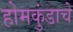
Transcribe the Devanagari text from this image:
होमकुंडाचे